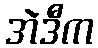
အဲဒီက